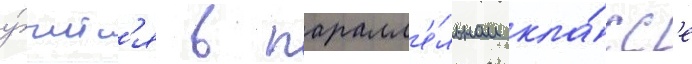
у́читс'я в паралл'е́льном кла́сс'е